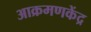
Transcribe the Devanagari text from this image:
आक्रमणकेंद्र